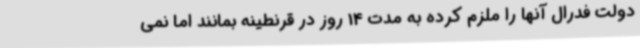
دولت فدرال آنها را ملزم کرده به مدت 14 روز در قرنطینه بمانند اما نمی